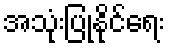
အသုံးပြုနိုင်ရေး